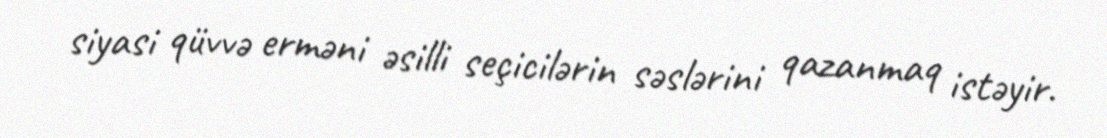
siyasi qüvvə erməni əsilli seçicilərin səslərini qazanmaq istəyir.